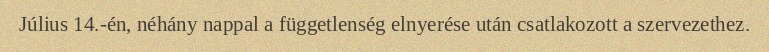
Július 14.-én, néhány nappal a függetlenség elnyerése után csatlakozott a szervezethez.